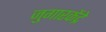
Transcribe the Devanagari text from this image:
जुगारकेंद्रे